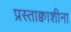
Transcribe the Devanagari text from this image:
प्रस्ताक्वाशीना